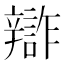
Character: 𨐷